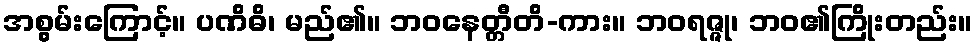
အစွမ်းကြောင့်။ ပဏိဓိ၊ မည်၏။ ဘဝနေတ္တီတိ-ကား။ ဘဝရဇ္ဇု၊ ဘဝ၏ကြိုးတည်း။